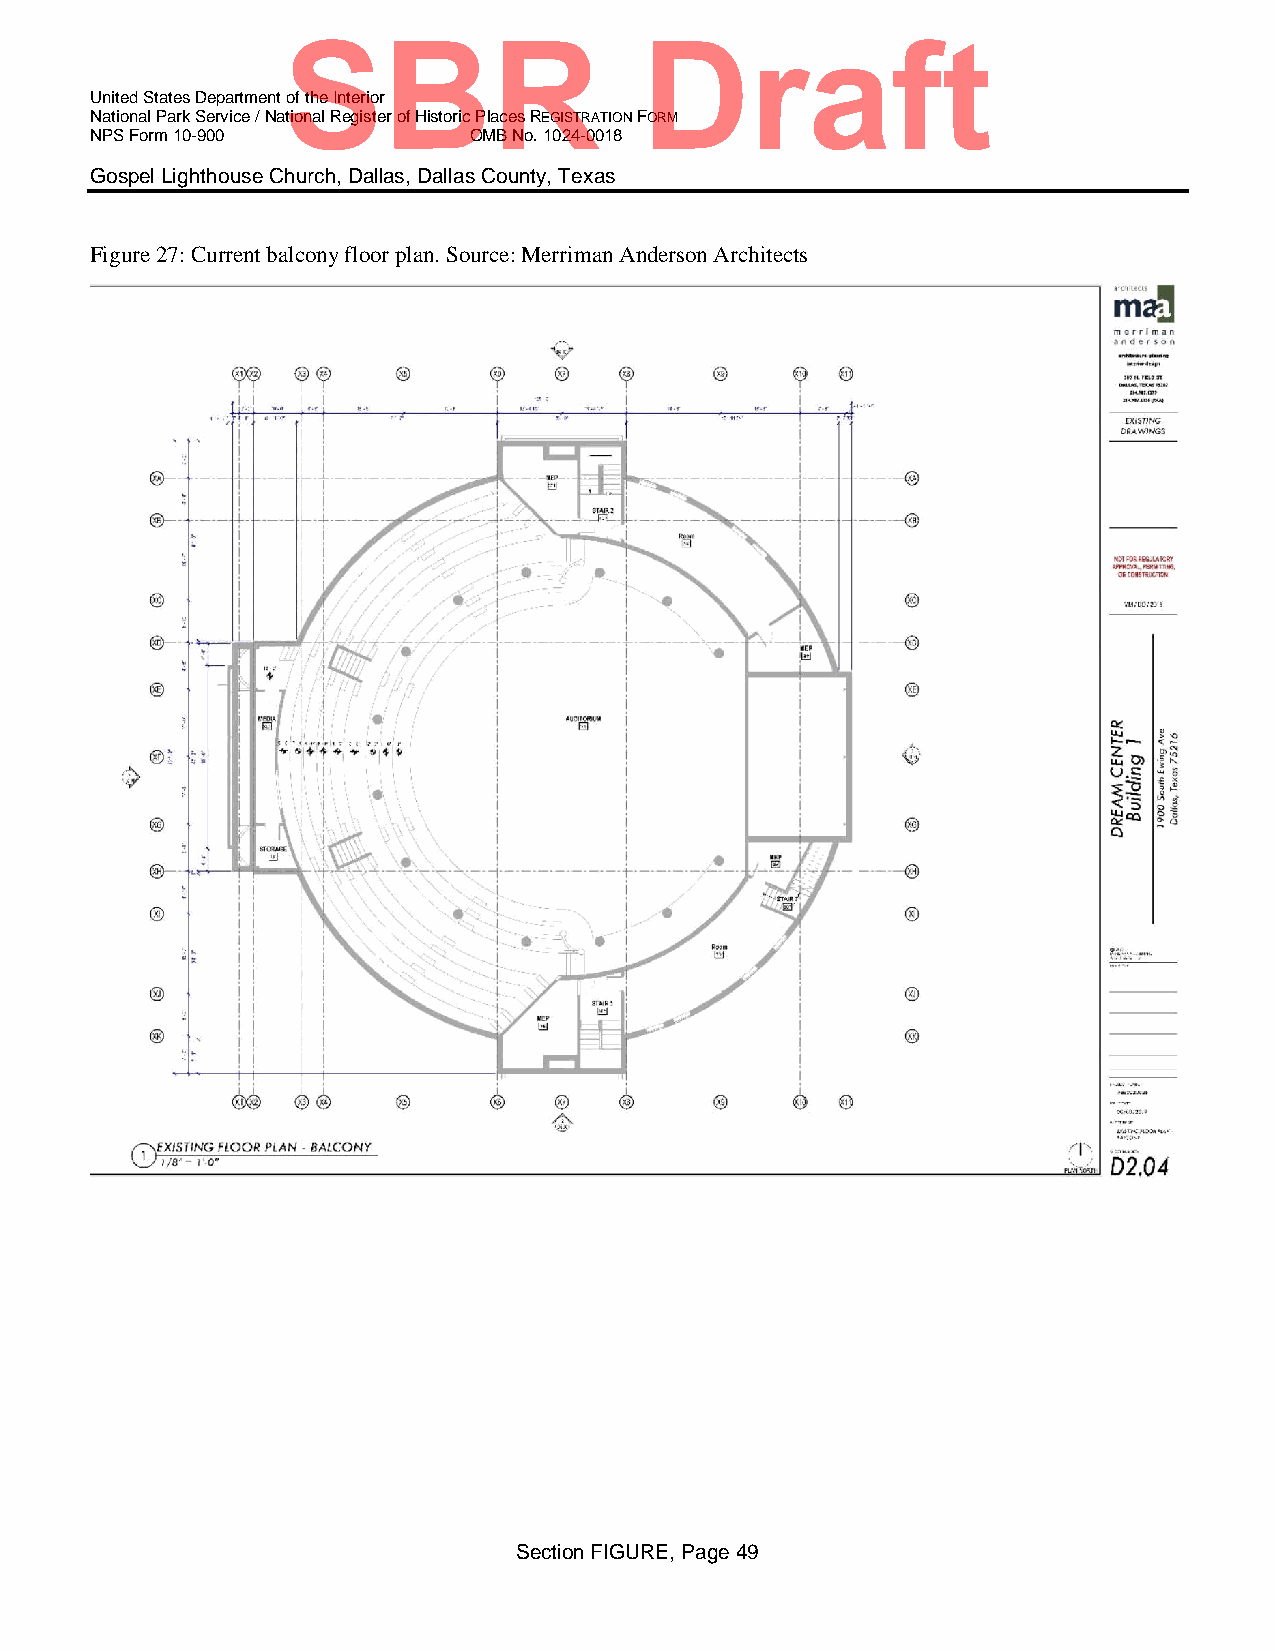
SBR                    Draft
 United States Department of the Interior
 National Park Service / National Register of Historic Places REGISTRATION FORM
 NPS Form 10-900          OMB No. 1024-0018
 Gospel Lighthouse Church, Dallas, Dallas County, Texas
 Figure 27: Current balcony floor plan. Source: Merriman Anderson Architects
 Section FIGURE, Page 49